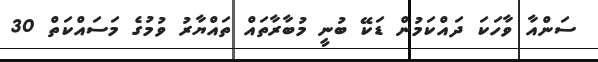
ސަންއާ ވާހަކަ ދައްކަމުން ޑަކޭ ބުނީ މުބާރާތައް ތައްޔާރު ވުމުގެ މަސައްކަތް 30